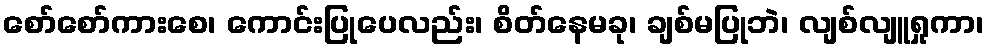
စော်စော်ကားစေ၊ ကောင်းပြုပေလည်း၊ စိတ်နေမခု၊ ချစ်မပြုဘဲ၊ လျစ်လျူရှုကာ၊